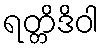
ရတ္တိဒိဝါ